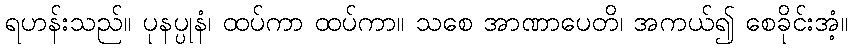
ရဟန်းသည်။ ပုနပ္ပုနံ၊ ထပ်ကာ ထပ်ကာ။ သစေ အာဏာပေတိ၊ အကယ်၍ စေခိုင်းအံ့။